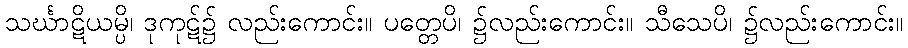
သင်္ဃာဋိယမ္ပိ၊ ဒုကုဋ်၌ လည်းကောင်း။ ပတ္တေပိ၊ ၌လည်းကောင်း။ သီသေပိ၊ ၌လည်းကောင်း။